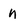
Character: n